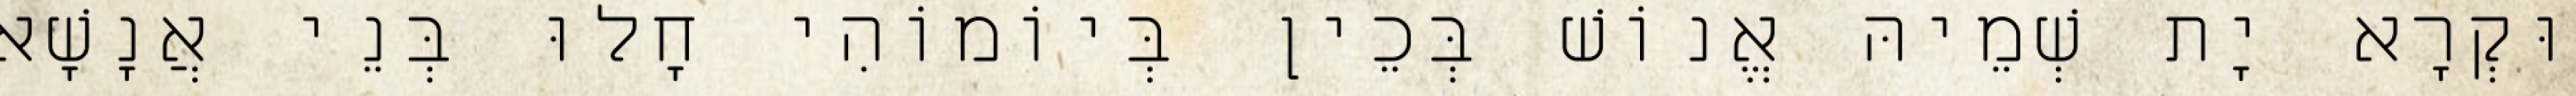
וּקְרָא יָת שְׁמֵיהּ אֱנוֹשׁ בְּכֵין בְּיוֹמוֹהִי חָלוּ בְּנֵי אֲנָשָׁא